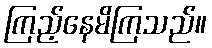
ကြည့်နေမိကြသည်။